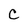
Character: C